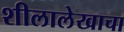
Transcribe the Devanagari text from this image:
शीलालेखाचा